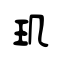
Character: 玑